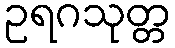
ဥရဂသုတ္တ